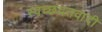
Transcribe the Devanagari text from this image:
स्वच्छंदतवादी